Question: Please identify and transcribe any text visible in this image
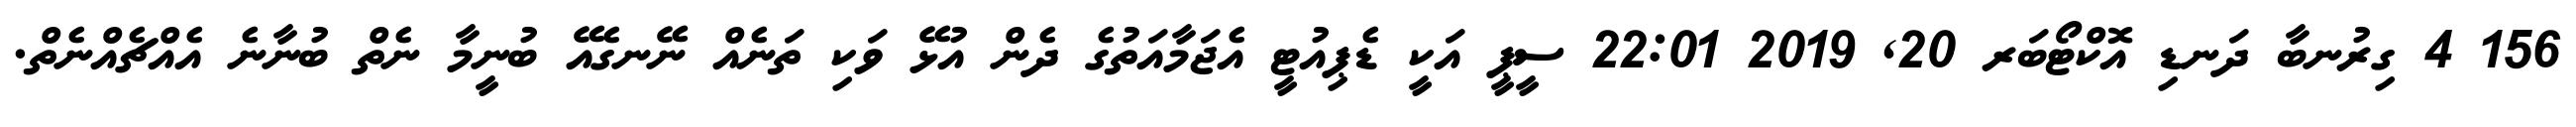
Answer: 156 4 ގިރުނބާ ދަނޑި އޮކްޓޯބަރ 20, 2019 22:01 ސީޕީ އަކީ ޑެޕިއުޓީ އެޖަމާއަތުގެ ދެން އުޅޭ ވަކި ތަނެއް ނޭނގެއޭ ބުނީމާ ނެތް ބުނާނެ އެއްޗެއްނެތް.